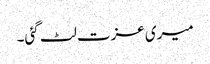
میری عزت لٹ گئی۔